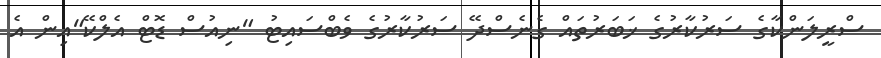
ސްރީލަންކާގެ ސަރުކާރުގެ ޚަބަރުތައް ގެނެސްދޭ ސަރުކާރުގެ ވެބްސައިޓު "ނިއުސް ޑޮޓް އެލްކޭ"އިން އެ